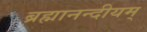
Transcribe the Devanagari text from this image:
ब्रह्मानन्दीयम्